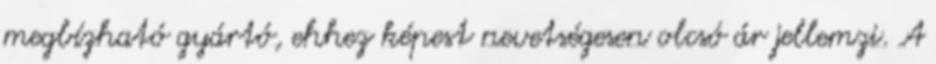
megbízható gyártó, ehhez képest nevetségesen olcsó ár jellemzi. A